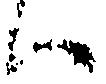
ハ